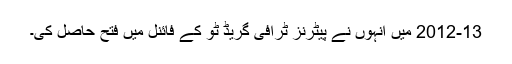
2012-13 میں انہوں نے پیٹرنز ٹرافی گریڈ ٹو کے فائنل میں فتح حاصل کی۔